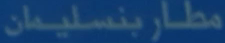
مطاربنسليمان